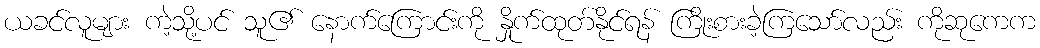
ယခင်လူများ ကဲ့သို့ပင် သူ၏ နောက်ကြောင်းကို နှိုက်ထုတ်နိုင်ရန် ကြိုးစားခဲ့ကြသော်လည်း ကိုဆုကေက